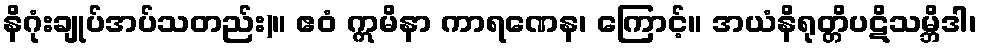
နိဂုံးချုပ်အပ်သတည်း)။ ဧဝံ ဣမိနာ ကာရဏေန၊ ကြောင့်။ အယံနိရုတ္တိပဋိသမ္ဘိဒါ၊